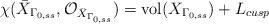
LaTeX: \begin{align*} \chi(\bar{X}_{\Gamma_{0,ss}}, \mathcal{O}_{\bar{X}_{\Gamma_{0,ss}}})=\mbox{vol}(X_{\Gamma_{0,ss}})+L_{cusp}\end{align*}